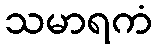
သမာရကံ